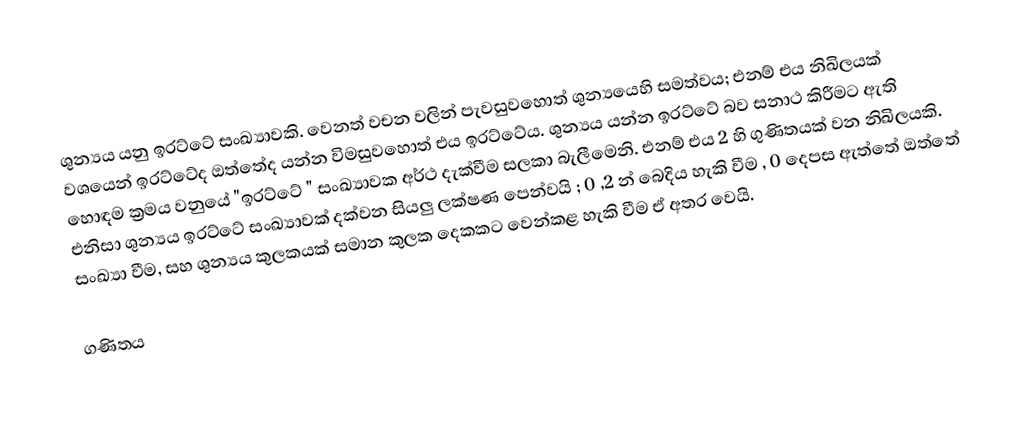
ශුන්‍යය යනු ඉරට්ටේ සංඛ්‍යාවකි. වෙනත් වචන වලින් පැවසුවහොත් ශුන්‍යයෙහි සමත්වය; එනම් එය නිඛිලයක් වශයෙන් ඉරට්ටේද ඔත්තේද යන්න විමසුවහොත් එය ඉරට්ටේය. ශුන්‍යය යන්න ඉරට්ටේ බව සනාථ කිරීමට ඇති හොඳම ක්‍රමය වනුයේ "ඉරට්ටේ " සංඛ්‍යාවක අර්ථ දැක්වීම සලකා බැලීමෙනි. එනම් එය 2 හි ගුණිතයක් වන නිඛිලයකි. එනිසා ශුන්‍යය ඉරට්ටේ සංඛ්‍යාවක් දක්වන සියලු ලක්ෂණ පෙන්වයි ; 0 ,2 න් බෙදිය හැකි වීම , 0 දෙපස ඇත්තේ ඔත්තේ සංඛ්‍යා වීම, සහ ශුන්‍යය කුලකයක් සමාන කුලක දෙකකට වෙන්කළ හැකි වීම ඒ අතර වෙයි.

ගණිතය